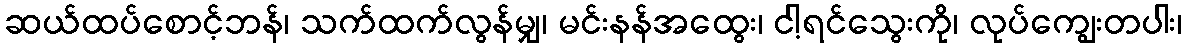
ဆယ်ထပ်စောင့်ဘန်၊ သက်ထက်လွန်မျှ၊ မင်းနန်အထွေး၊ ငါ့ရင်သွေးကို၊ လုပ်ကျွေးတပါး၊